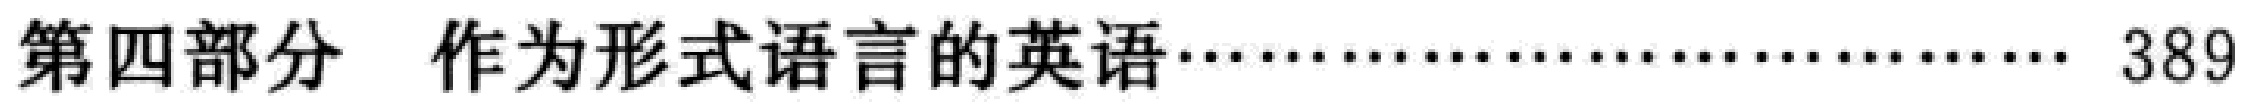
第四部分 作为形式语言的英语………………………… 389